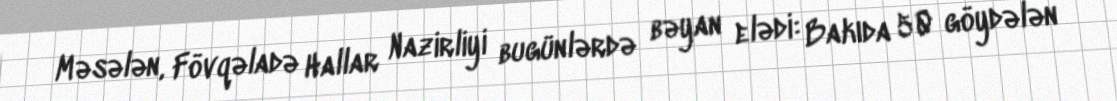
Məsələn, Fövqəladə Hallar Nazirliyi bugünlərdə bəyan elədi: Bakıda 50 göydələn